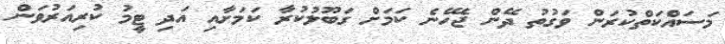
މަސައްކަތްކުރަން ވަގުތު ދޭން ޖެހޭނެ ކަމަށް ގަބޫލުކުރާ ކަމަށާއި އަދި ޓީމު ކުރިއަރުވަން